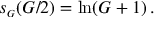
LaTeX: s _ { \scriptscriptstyle G } ( G / 2 ) = \ln ( G + 1 ) \, .